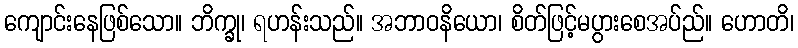
ကျောင်းနေဖြစ်သော။ ဘိက္ခု၊ ရဟန်းသည်။ အဘာဝနိယော၊ စိတ်ဖြင့်မပွားစေအပ်ည်။ ဟောတိ၊